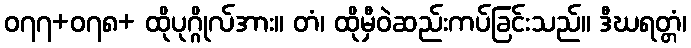
၀၇၇+၀၇၈+ ထိုပုဂ္ဂိုလ်အား။ တံ၊ ထိုမှီဝဲဆည်းကပ်ခြင်းသည်။ ဒီဃရတ္တံ၊